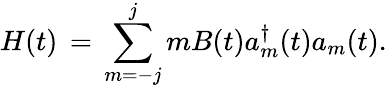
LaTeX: H(t)\, =\, \sum_{m=-j}^{j}mB(t)a_{m}^{\dagger}(t)a_{m}(t).